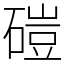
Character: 磑